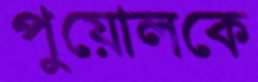
পুয়োলকে